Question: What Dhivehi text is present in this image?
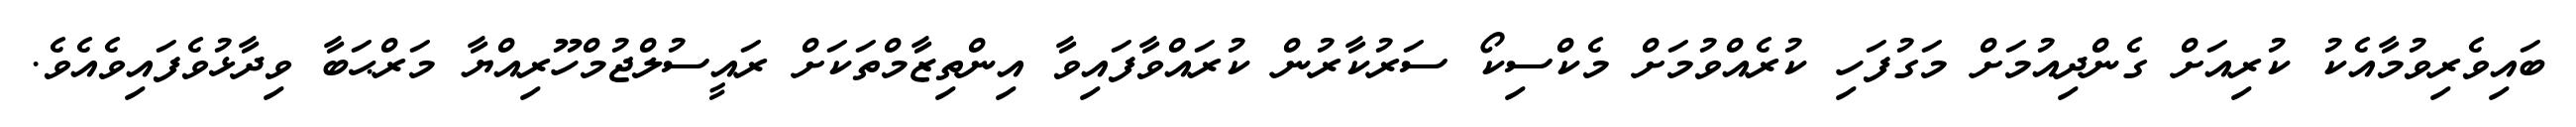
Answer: ބައިވެރިވުމާއެކު ކުރިއަށް ގެންދިއުމަށް މަގުފަހި ކުރެއްވުމަށް މެކްސިކޯ ސަރުކާރުން ކުރައްވާފައިވާ އިންތިޒާމްތަކަށް ރައީސުލްޖުމްހޫރިއްޔާ މަރްޙަބާ ވިދާޅުވެފައިވެއެވެ.